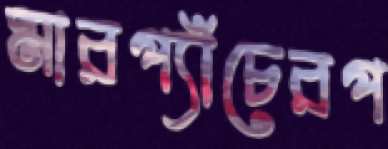
মারপ্যাঁচেরপ